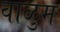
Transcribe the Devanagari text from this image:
वाळुम